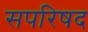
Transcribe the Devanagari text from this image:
सपरिषद